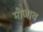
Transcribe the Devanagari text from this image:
मोजाव